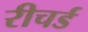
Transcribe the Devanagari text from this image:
रीचर्ड